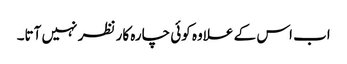
اب اس کے علاوہ کوئی چارہ کار نظر نہیں آتا۔